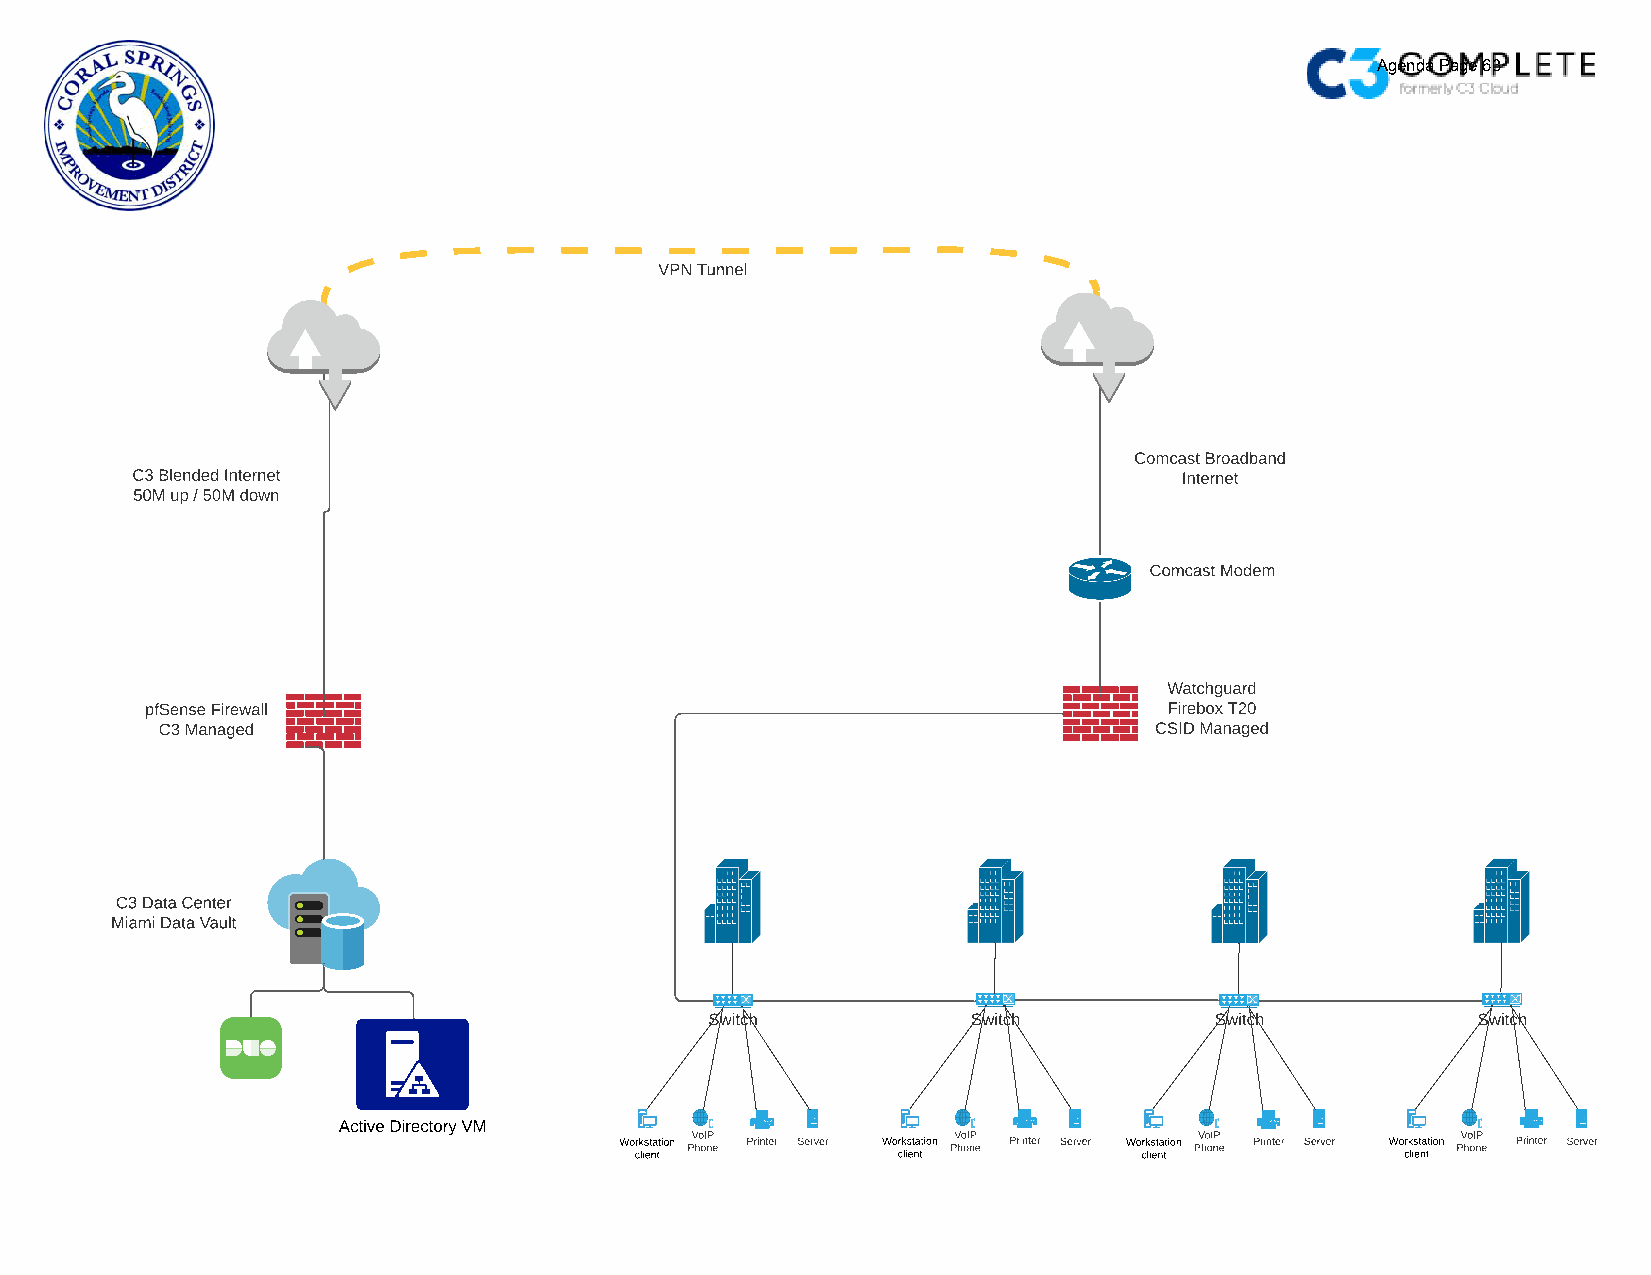
C
 -Sr.. COMIPLETE
 Agenda Page 63
 "'6
 fcfl ly C3 Cb.JrJ
 -   -  -   -             -   -  -   -  -
 VPN Tunnel
 Comcast Broadband
 C3 Blended Internet                                                  Internet
 50M up / 50M down
 a
 Comcast Modem
 _l  _
 -   -                                              --
 -   -
 ----   Watchguard
 pfSense Firewall -■- - -- ■        ,----------------------■--      Firebox T20
 C3 Managed r■.r-.r--=-n■                                   r.r  ■ CSID Managed
 C3 Data Center
 Miami Data Vault
 Active Directory VM
 Server Workstation Phone Printer Server Workstation Phone Printer server Phone server
 client           client           client